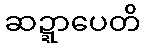
ဆဍ္ဍာပေတိ